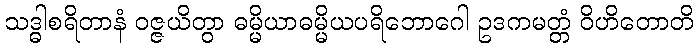
သဒ္ဓါစရိတာနံ ဝဇ္ဇယိတွာ ဓမ္မိယာဓမ္မိယပရိဘောဂေါ ဥဒကမတ္တံ ဝိဟိတောတိ